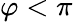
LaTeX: \varphi<\pi